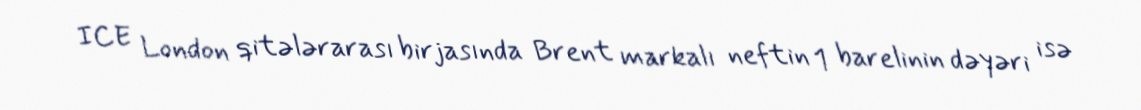
ICE London qitələrarası birjasında Brent markalı neftin 1 barelinin dəyəri isə